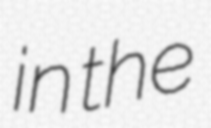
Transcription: in the